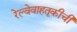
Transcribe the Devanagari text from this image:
रेल्वेवाहतूकीची